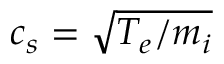
c _ { s } = \sqrt { T _ { e } / m _ { i } }